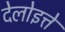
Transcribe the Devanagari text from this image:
देलोइत्ते